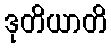
ဒုတိယာတိ